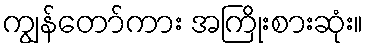
ကျွန်တော်ကား အကြိုးစားဆုံး။